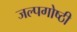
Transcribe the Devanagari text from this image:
जल्पगोष्ठी